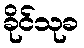
ခိုင်သုခ